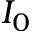
I _ { 0 }